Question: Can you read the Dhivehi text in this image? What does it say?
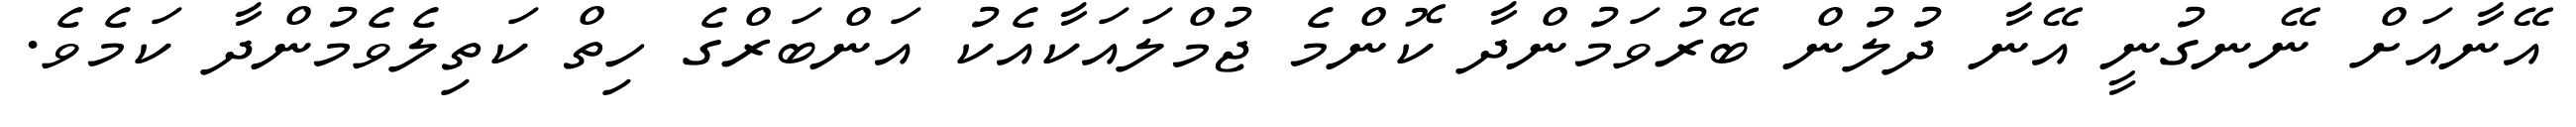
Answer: އޭނާއަށް ނޭނގުނީ އޭނާ ދުލުން ބޭރުވަމުންދާ ކޮންމެ ޖުމްލައަކާއެކު އަންބަރްގެ ހިތް ކަތިލެވެމުންދާ ކަމެވެ.